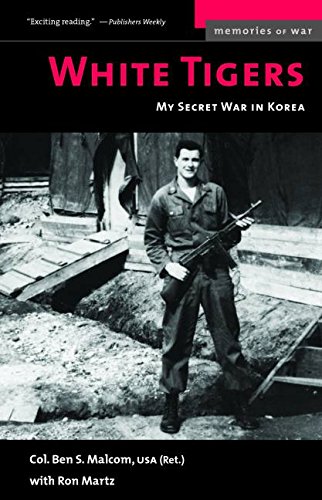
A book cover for White Tigers: My Secret War in North Korea (Memories of War); Ben S. Malcom; History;